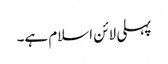
پہلی لائن اسلام ہے۔